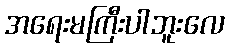
အရေးမကြီးပါဘူးလေ